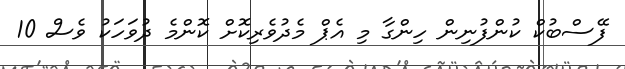
ފޭސްބުކް ކުންފުނިން ހިންގާ މި އެޕް މެދުވެރިކޮށް ކޮންމެ ދުވަހަކު ވެސް 10